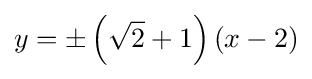
y=\pm \left({\sqrt {2}}+1\right)\left(x-2\right)